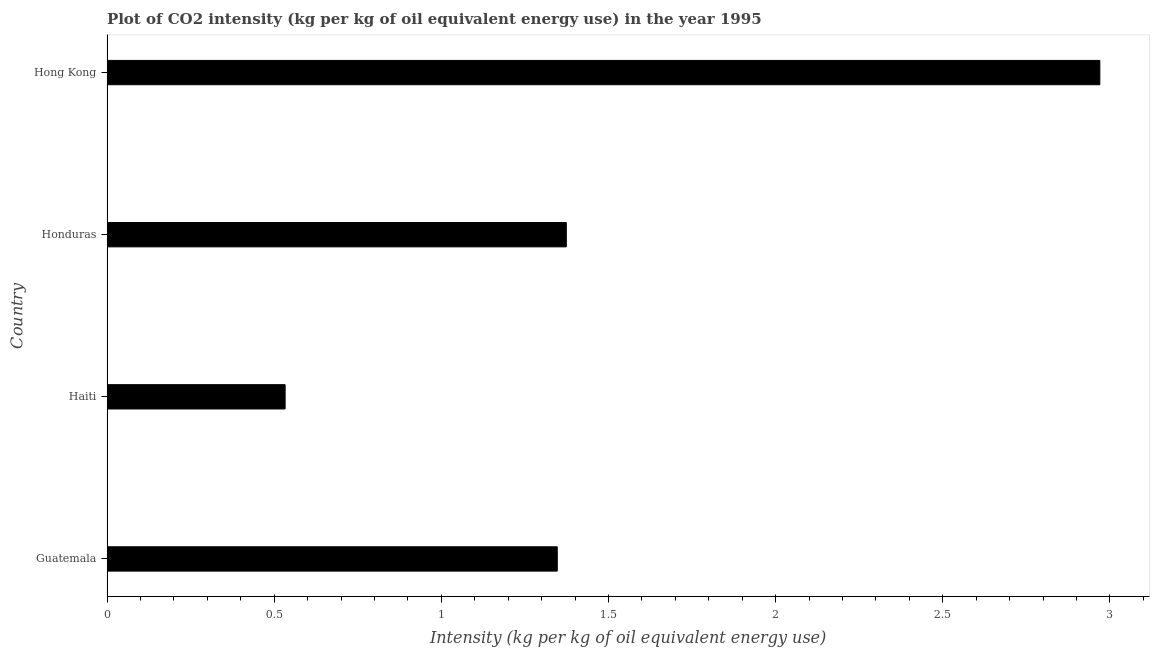
| Country | CO2 intensity |
 | --- | --- |
 | Guatemala | 1.35 |
 | Haiti | 0.533 |
 | Honduras | 1.37 |
 | Hong Kong | 2.97 |